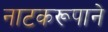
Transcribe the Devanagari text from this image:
नाटकरूपाने